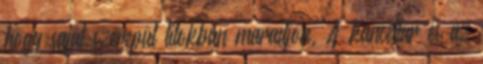
hogy saját szerepül titokban maradjon. A kancellár és az